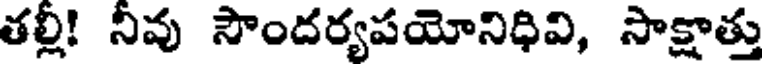
తల్లీ! నీవు సౌందర్యపయోనిధివి, సాక్షాత్తు